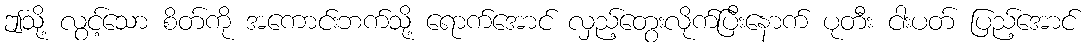
ဤသို့ လွင့်သော စိတ်ကို အကောင်းဘက်သို့ ရောက်အောင် လှည့်တွေးလိုက်ပြီးနောက် ပုတီး ငါးပတ် ပြည့်အောင်